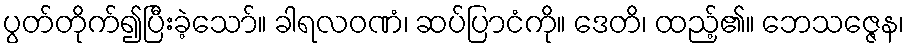
ပွတ်တိုက်၍ပြီးခဲ့သော်။ ခါရလဝဏံ၊ ဆပ်ပြာငံကို။ ဒေတိ၊ ထည့်၏။ ဘေသဇ္ဇေန၊